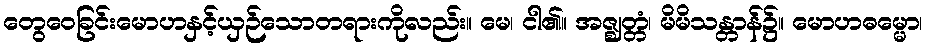
တွေဝေခြင်းမောဟနှင့်ယှဉ်သောတရားကိုလည်း။ မေ၊ ငါ၏။ အဇ္ဈတ္တံ၊ မိမိသန္တာန်၌။ မောဟဓမ္မော၊